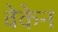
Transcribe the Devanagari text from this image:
वेकेन